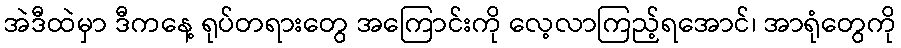
အဲဒီထဲမှာ ဒီကနေ့ ရုပ်တရားတွေ အကြောင်းကို လေ့လာကြည့်ရအောင်၊ အာရုံတွေကို